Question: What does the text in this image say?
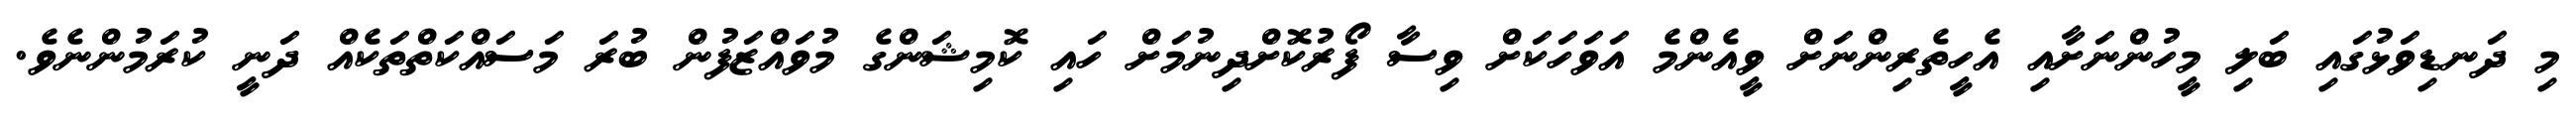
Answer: މި ދަނޑިވަޅުގައި ބަލި މީހުންނަށާއި އެހީތެރިންނަށް ވީއެންމެ އަވަހަކަށް ވިސާ ފޯރުކޮށްދިނުމަށް ހައި ކޮމިޝަންގެ މުވައްޒަފުން ބުރަ މަސައްކަތްތަކެއް ދަނީ ކުރަމުންނެވެ.